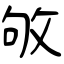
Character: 敂